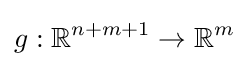
g:\mathbb {R} ^{n+m+1}\to \mathbb {R} ^{m}